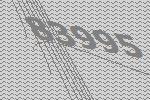
83995